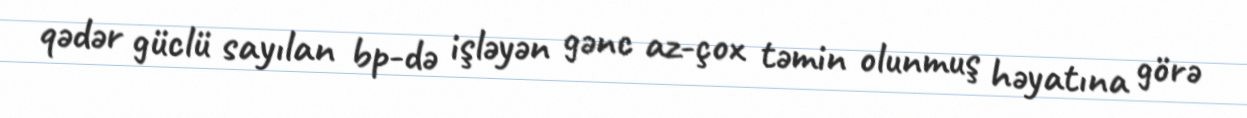
qədər güclü sayılan bp-də işləyən gənc az-çox təmin olunmuş həyatına görə